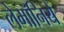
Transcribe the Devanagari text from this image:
लेमॉनिये